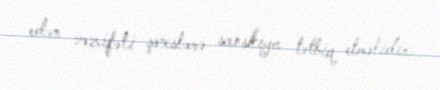
edən vəzifəli şəxslərə sanskiya tətbiq etməlidir.